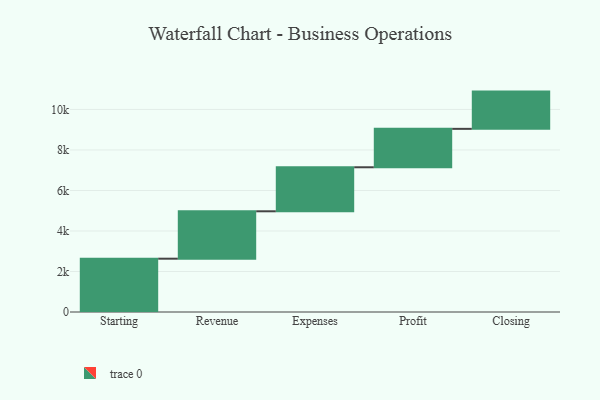
{"axis": {"x": "Step", "y": "Value"}, "legend": [""], "data": [{"x": "Starting", "y": 2632.0, "type": ""}, {"x": "Revenue", "y": 2340.0, "type": ""}, {"x": "Expenses", "y": 2173.0, "type": ""}, {"x": "Profit", "y": 1897.0, "type": ""}, {"x": "Closing", "y": 1839.0, "type": ""}]}